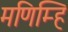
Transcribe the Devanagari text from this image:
मणिम्हि